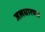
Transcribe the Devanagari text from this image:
जलधारणा